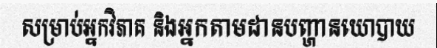
សម្រាប់អ្នកវិភាគ និងអ្នកតាមដានបញ្ហានយោបាយ